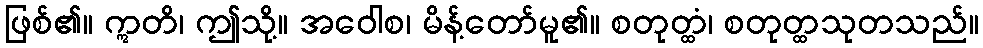
ဖြစ်၏။ ဣတိ၊ ဤသို့။ အဝေါစ၊ မိန့်တော်မူ၏။ စတုတ္ထံ၊ စတုတ္ထသုတသည်။